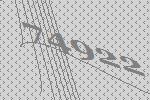
74922